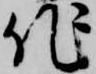
作